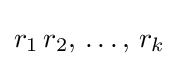
r_{1}\,r_{2},\,\ldots ,\,r_{k}